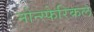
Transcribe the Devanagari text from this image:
नोन्स्फेरिकल